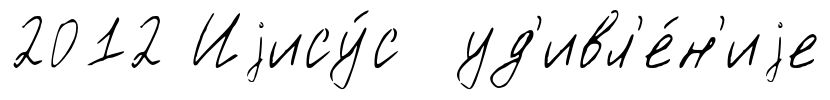
2012 Иjису́с уд'ивл'е́н'иjе